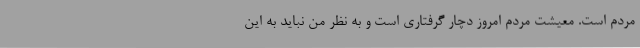
مردم است. معیشت مردم امروز دچار گرفتاری است و به نظر من نباید به این